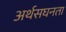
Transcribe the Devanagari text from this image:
अर्थसघनता